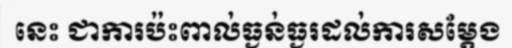
នេះ ជាការប៉ះពាល់ធ្ងន់ធ្ងរដល់ការសម្តែង